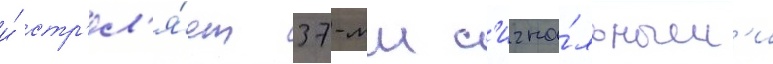
и́ стр'ел'я́ет 37-мм с'игна́льным'и